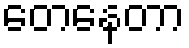
တေနေတာ